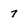
Character: 7